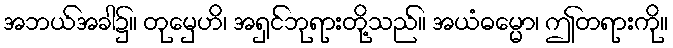
အဘယ်အခါ၌။ တုမှေဟိ၊ အရှင်ဘုရားတို့သည်။ အယံဓမ္မော၊ ဤတရားကို။